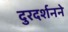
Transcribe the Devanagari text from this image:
दुरदर्शनने